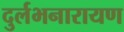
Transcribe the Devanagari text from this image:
दुर्लभनारायण